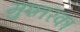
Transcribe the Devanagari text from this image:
मुश्तरका